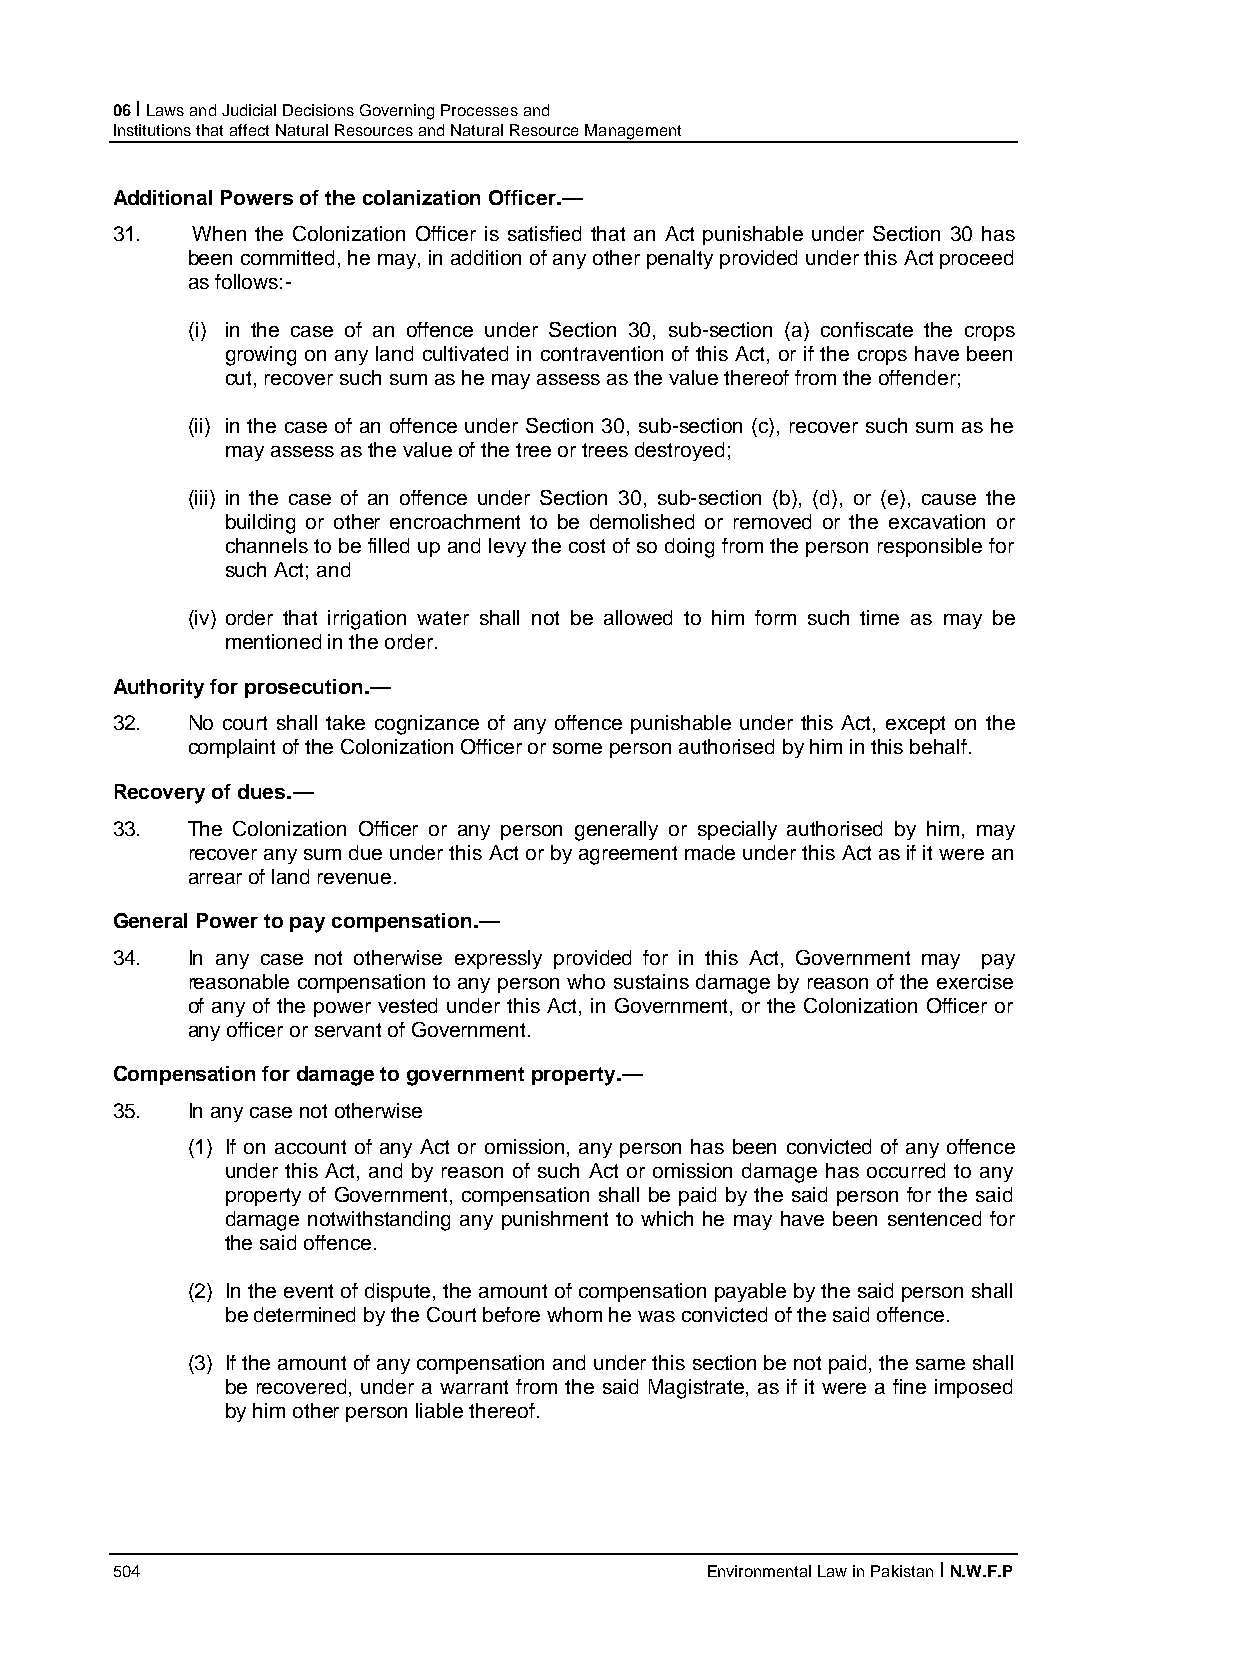
06 I Laws and Judicial Decisions Governing Processes and
 Institutions that affect Natural Resources and Natural Resource Management
 Additional Powers of the colanization Officer.—
 31.   When the Colonization Officer is satisfied that an Act punishable under Section 30 has
 been committed, he may, in addition of any other penalty provided under this Act proceed
 as follows:-
 (i) in the case of an offence under Section 30, sub-section (a) confiscate the crops
 growing on any land cultivated in contravention of this Act, or if the crops have been
 cut, recover such sum as he may assess as the value thereof from the offender;
 (ii) in the case of an offence under Section 30, sub-section (c), recover such sum as he
 may assess as the value of the tree or trees destroyed;
 (iii) in the case of an offence under Section 30, sub-section (b), (d), or (e), cause the
 building or other encroachment to be demolished or removed or the excavation or
 channels to be filled up and levy the cost of so doing from the person responsible for
 such Act; and
 (iv) order that irrigation water shall not be allowed to him form such time as may be
 mentioned in the order.
 Authority for prosecution.—
 32.  No court shall take cognizance of any offence punishable under this Act, except on the
 complaint of the Colonization Officer or some person authorised by him in this behalf.
 Recovery of dues.—
 33.  The Colonization Officer or any person generally or specially authorised by him, may
 recover any sum due under this Act or by agreement made under this Act as if it were an
 arrear of land revenue.
 General Power to pay compensation.—
 34.  In any case not otherwise expressly provided for in this Act, Government may pay
 reasonable compensation to any person who sustains damage by reason of the exercise
 of any of the power vested under this Act, in Government, or the Colonization Officer or
 any officer or servant of Government.
 Compensation for damage to government property.—
 35.  In any case not otherwise
 (1) If on account of any Act or omission, any person has been convicted of any offence
 under this Act, and by reason of such Act or omission damage has occurred to any
 property of Government, compensation shall be paid by the said person for the said
 damage notwithstanding any punishment to which he may have been sentenced for
 the said offence.
 (2) In the event of dispute, the amount of compensation payable by the said person shall
 be determined by the Court before whom he was convicted of the said offence.
 (3) If the amount of any compensation and under this section be not paid, the same shall
 be recovered, under a warrant from the said Magistrate, as if it were a fine imposed
 by him other person liable thereof.
 504                                     Environmental Law in Pakistan I N.W.F.P